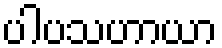
ပါပသဟာယာ